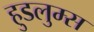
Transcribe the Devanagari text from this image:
हुडलुम्स